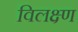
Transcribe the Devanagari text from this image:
विलक्ष्ण